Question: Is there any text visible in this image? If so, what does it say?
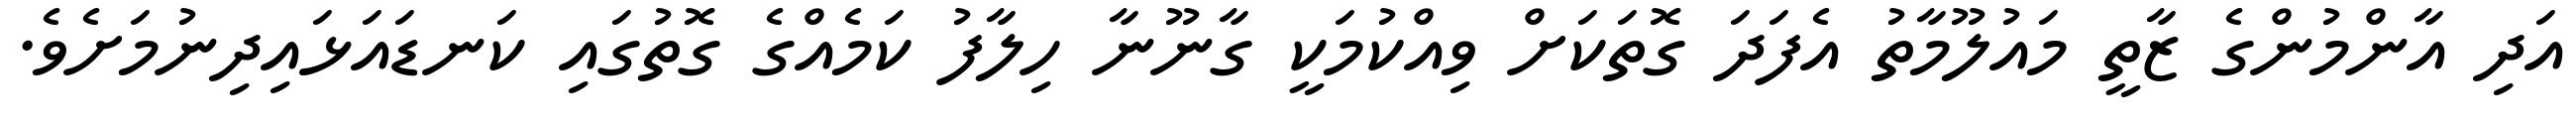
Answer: އަދި އާންމުންގެ ޒާތީ މައުލޫމާތު އެފަދަ ގޮތަކަށް ވިއްކުމަކީ ގާނޫނާ ހިލާފު ކަމެއްގެ ގޮތުގައި ކަނޑައަޅައިދިނުމަށެވެ.